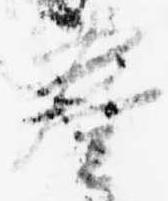
奏